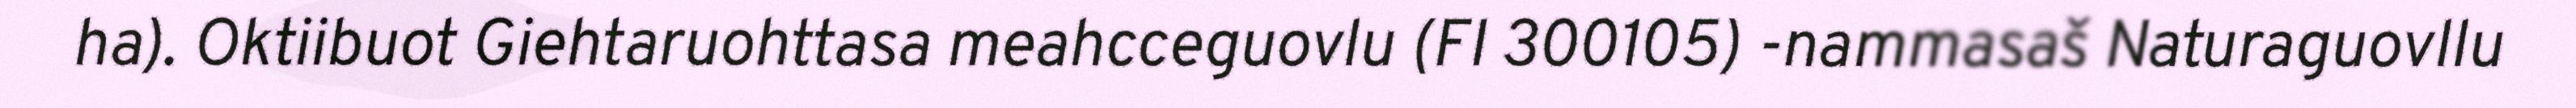
ha). Oktiibuot Giehtaruohttasa meahcceguovlu (FI 300105) -nammasaš Naturaguovllu